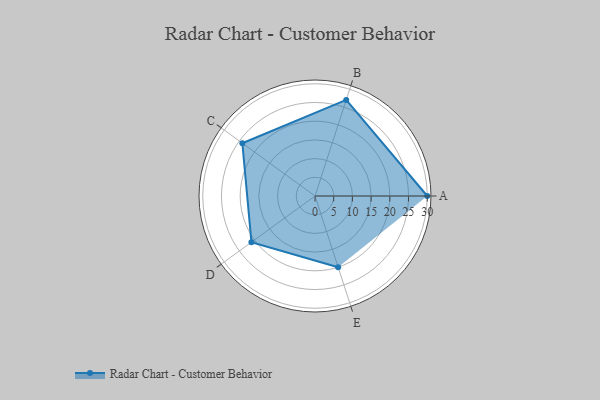
{"axis": {"x": "Skill", "y": "Score"}, "legend": ["Profile"], "data": [{"x": "A", "y": 30.0, "type": "Profile"}, {"x": "B", "y": 27.0, "type": "Profile"}, {"x": "C", "y": 24.0, "type": "Profile"}, {"x": "D", "y": 21.0, "type": "Profile"}, {"x": "E", "y": 20, "type": "Profile"}]}